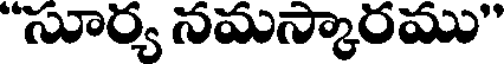
"సూర్య నమస్కారము"